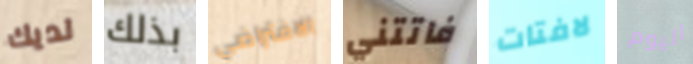
لديك بذلك الافتراضي فاتتني لافتات اليوم